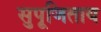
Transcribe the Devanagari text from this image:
सुपूजिताय